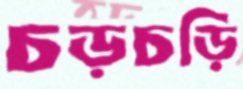
চড়চড়ি